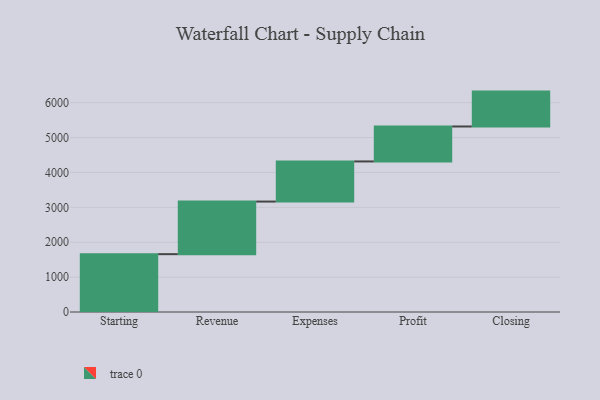
{"axis": {"x": "Step", "y": "Value"}, "legend": [""], "data": [{"x": "Starting", "y": 1658.0, "type": ""}, {"x": "Revenue", "y": 1508.0, "type": ""}, {"x": "Expenses", "y": 1150.0, "type": ""}, {"x": "Profit", "y": 1002.0, "type": ""}, {"x": "Closing", "y": 1000, "type": ""}]}